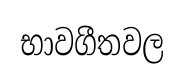
භාවගීතවල